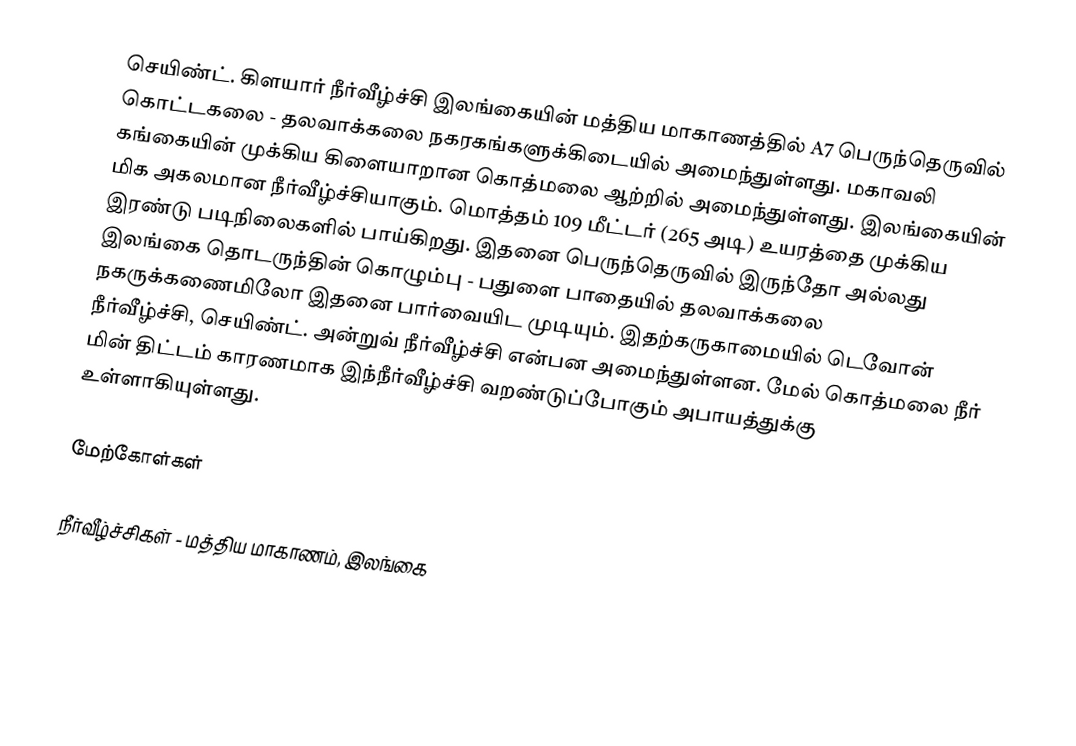
செயிண்ட். கிளயார் நீர்வீழ்ச்சி இலங்கையின் மத்திய மாகாணத்தில் A7 பெருந்தெருவில் கொட்டகலை - தலவாக்கலை நகரகங்களுக்கிடையில் அமைந்துள்ளது. மகாவலி கங்கையின் முக்கிய கிளையாறான கொத்மலை ஆற்றில் அமைந்துள்ளது. இலங்கையின் மிக அகலமான நீர்வீழ்ச்சியாகும். மொத்தம் 109 மீட்டர் (265 அடி) உயரத்தை முக்கிய இரண்டு படிநிலைகளில் பாய்கிறது. இதனை பெருந்தெருவில் இருந்தோ அல்லது இலங்கை தொடருந்தின் கொழும்பு - பதுளை பாதையில் தலவாக்கலை நகருக்கணைமிலோ இதனை பார்வையிட முடியும். இதற்கருகாமையில் டெவோன் நீர்வீழ்ச்சி, செயிண்ட். அன்றுவ் நீர்வீழ்ச்சி என்பன அமைந்துள்ளன. மேல் கொத்மலை நீர் மின் திட்டம் காரணமாக இந்நீர்வீழ்ச்சி வறண்டுப்போகும் அபாயத்துக்கு உள்ளாகியுள்ளது.

மேற்கோள்கள்

நீர்வீழ்ச்சிகள் - மத்திய மாகாணம், இலங்கை